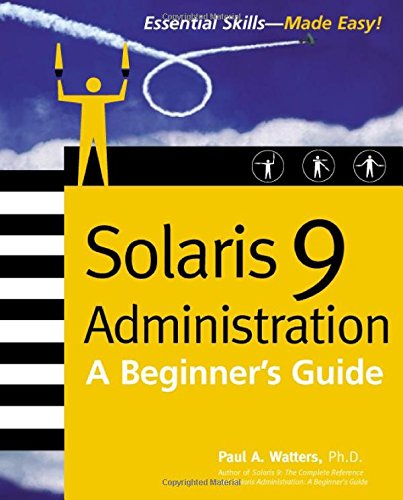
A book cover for Solaris 9 Administration: A Beginner's Guide; Paul Watters; Computers & Technology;